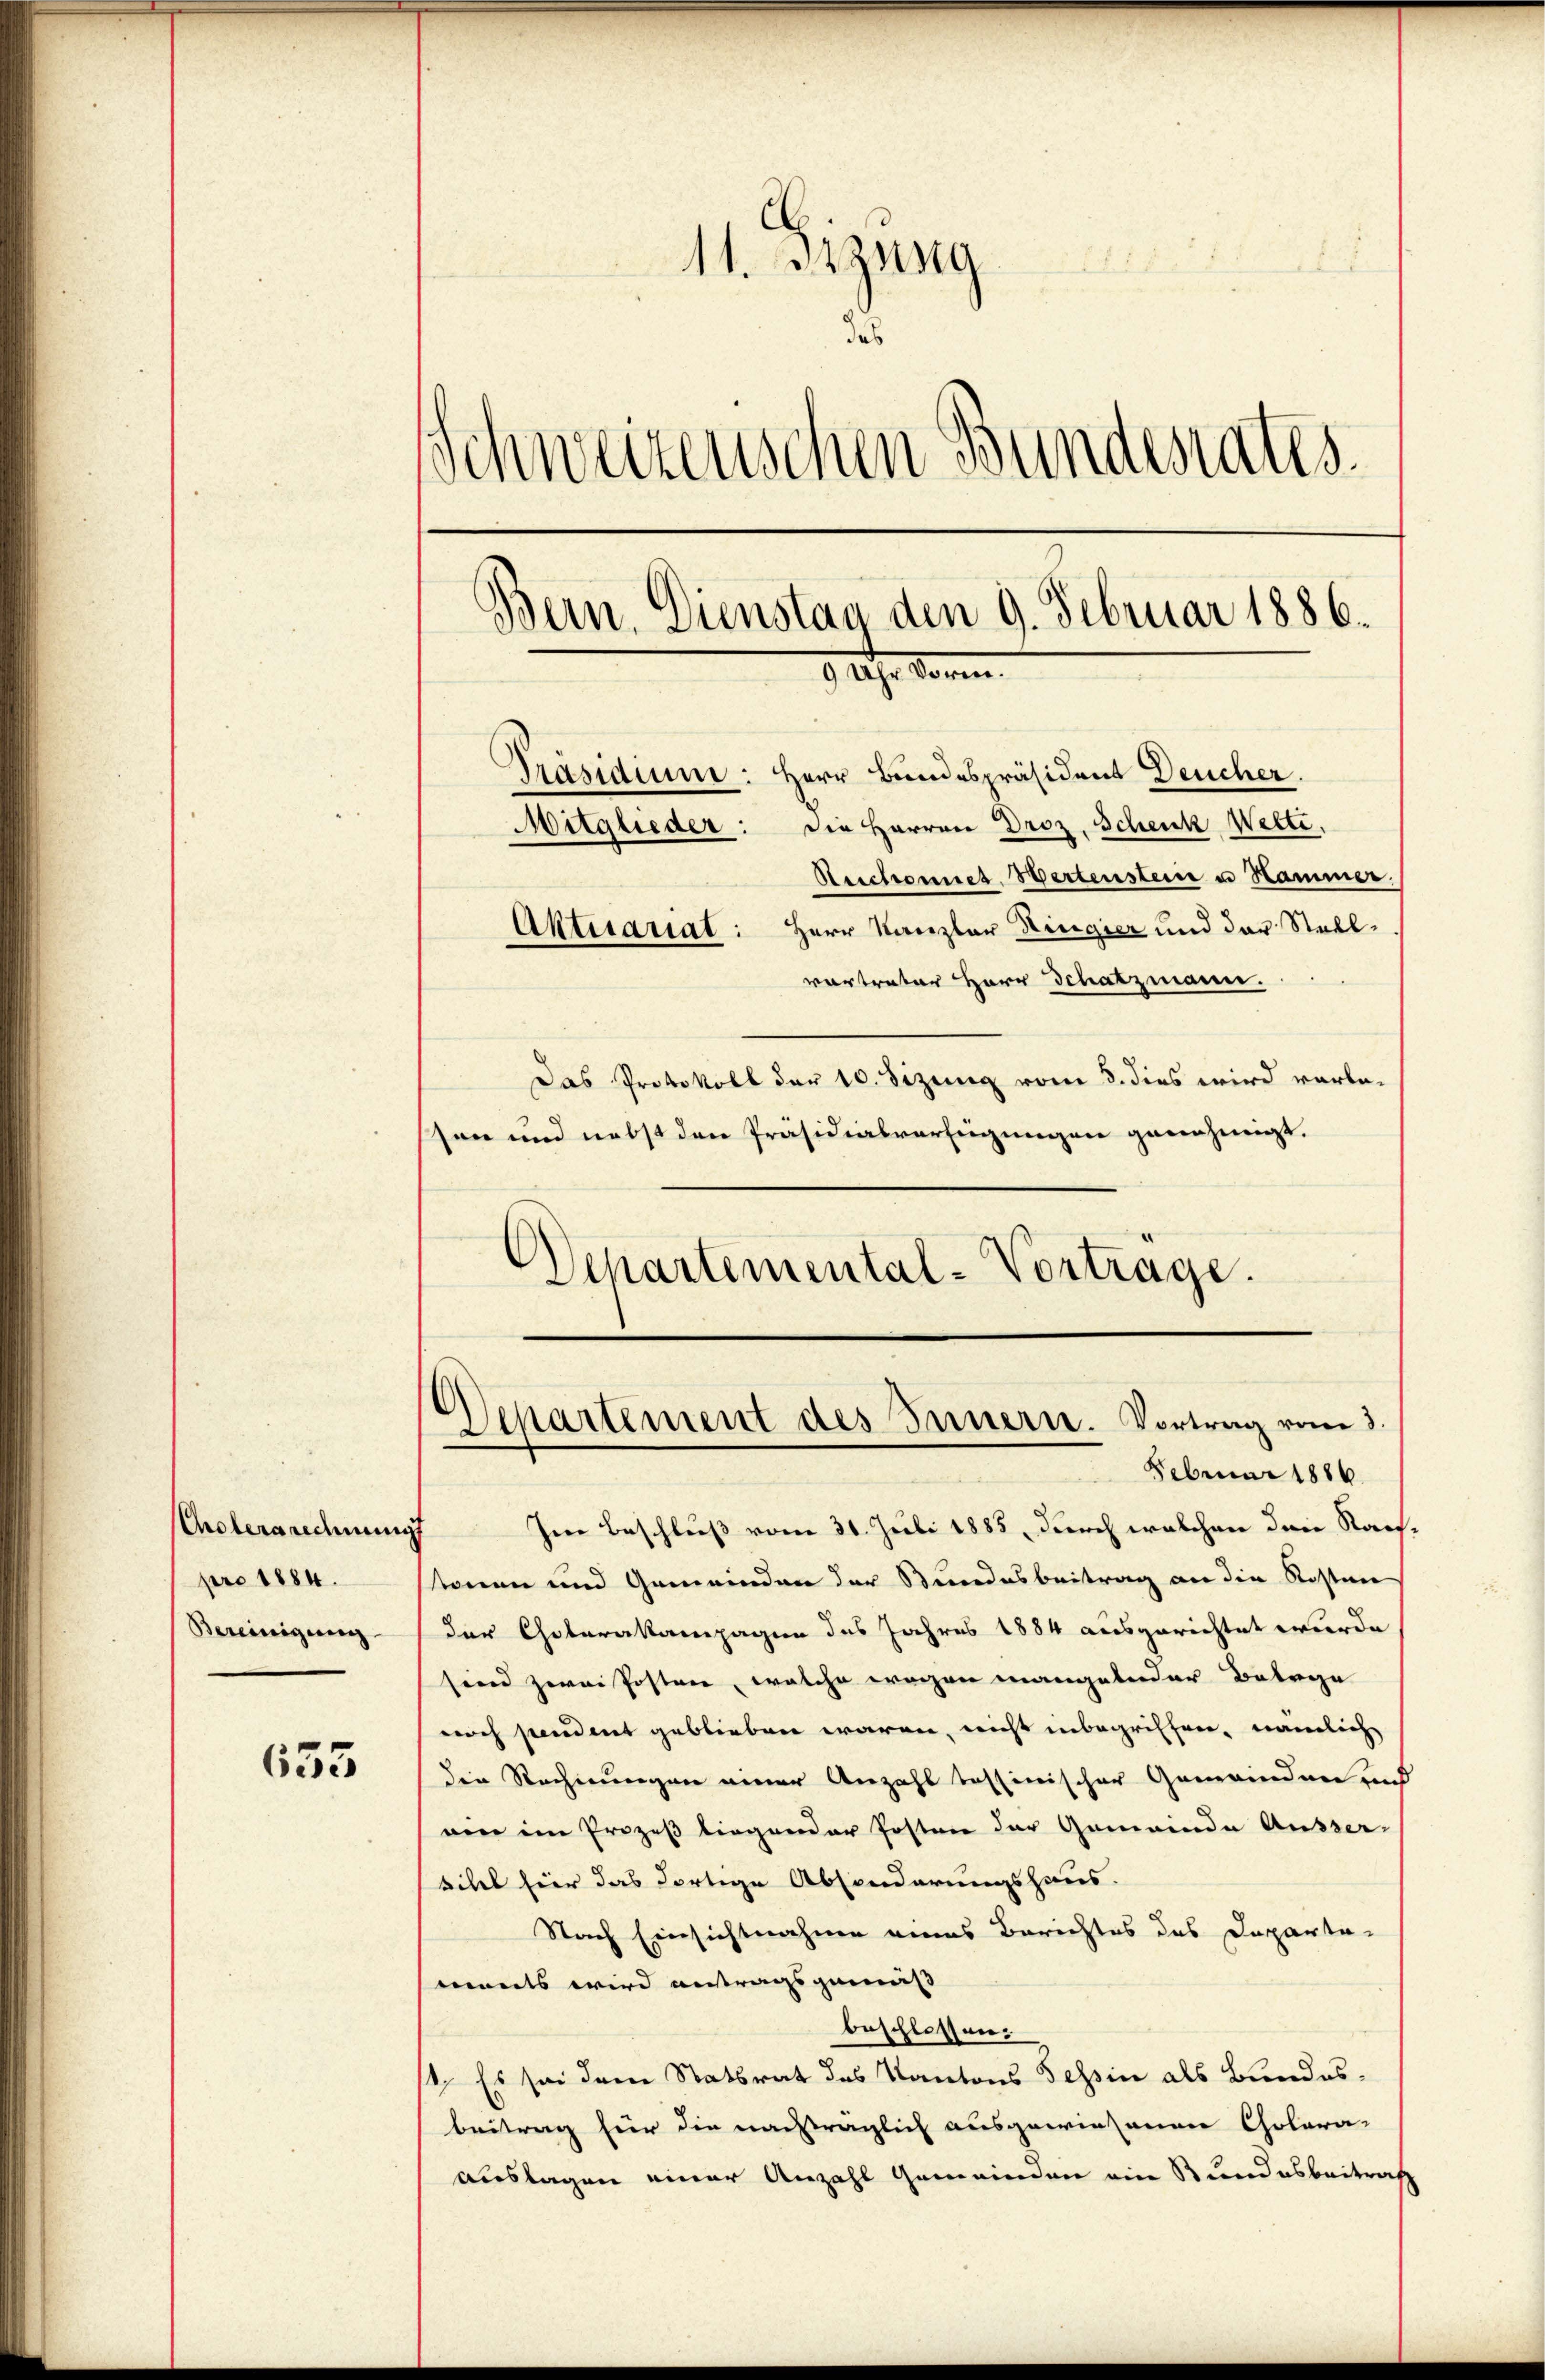
Erolerordnungs
pro 1884.
Bereinigung

655

S. 15
11. Bezug
das
Schweizerischen Bundesrates
Bern. Dienstag den 9. Februar 1886.
9 Uhr Vorm.
Präsidium: Herr Bundespräsident Deucher.
Mitglieder: die Herren Droz. Schenk Welti,
Aeschonet. Wertenstein u Hammer.
Aktuariat: Herr Kanzler Ringier und der Stadlvortrater Herr Schatzmann.

Das Protokoll der 10. Sizung vom 5. dies wird vorbeson und nebst den Präsidialverfügungen genehmigt.
Departemental-Vortrage.

Im Beschluß vom 31. Juli 1885, durch welchen den Nachstonen und Gemeinden der Stundesbeitrag an die Kosten
der Choterakampagen des Jahres 1884 ausgerichtet wurde
sind zwai Posten, welche wegen mangelnder Betrage
noch sendent geblieben waren, nicht inbegriffen, nämlich
die Rechnungen einer Anzahl tessinischer Gemeinden zud
wen im Prozeß liegender Postrie der Gemeinde Äusser-
titel hier das dortige Absonderungshaus.
Nach Einsichtnahme eines Berichtes des Departa-
nants wird antragsgemäss |
beschlossen.
1. Es sei dem Statsrat des Kantons Tessin als Bundesbeitrag für die nachträglich ausgewiesenen Colora-
auslagen einer Anzahl Gemeinden ein Bundesbeitrag

Departement des Innern. Vortrag vom 3.
Februar 1886